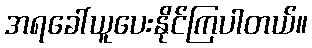
အရခေါ်ယူပေးနိုင်ကြပါတယ်။